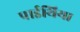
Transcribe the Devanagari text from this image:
पाईथिया